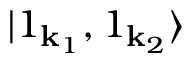
| 1 _ { \mathbf { k } _ { 1 } } , 1 _ { \mathbf { k } _ { 2 } } \rangle